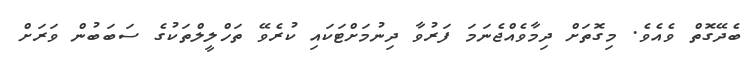
ބެދޭގޮތް ވެއެވެ. މިގޮތަށް ދިމާވެއްޖެނަމަ ފަރުވާ ދިނުމަށްޓަކައި ކުރެވޭ ތަހްލީލްތަކުގެ ސަބަބުން ވަރަށް